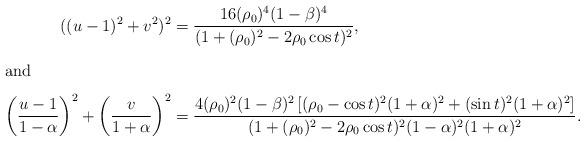
LaTeX: \begin{align*}((u-1)^2+v^2)^2 &=\dfrac{16({\rho}_0)^4 (1-\beta)^4}{(1+({\rho}_0)^2-2{\rho}_0 \cos t)^2},\intertext{and}\left(\dfrac{u-1}{1-\alpha}\right)^2+ \left(\dfrac{v}{1+\alpha}\right)^2 &=\dfrac{4({\rho}_0)^2(1-\beta)^2 \left[ ({\rho}_0-\cos t)^2(1+\alpha)^2 + (\sin t)^2 (1+\alpha)^2 \right]}{(1+({\rho}_0)^2-2{\rho}_0 \cos t)^2 (1-\alpha)^2 (1+\alpha)^2}.\end{align*}